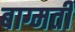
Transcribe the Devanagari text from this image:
बाग्मती